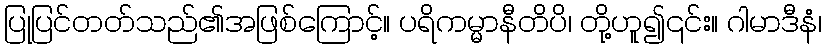
ပြုပြင်တတ်သည်၏အဖြစ်ကြောင့်။ ပရိကမ္မာနီတိပိ၊ တို့ဟူ၍၎င်း။ ဂါမာဒီနံ၊